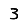
Digit: 3